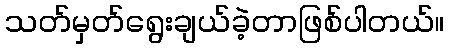
သတ်မှတ်ရွေးချယ်ခဲ့တာဖြစ်ပါတယ်။